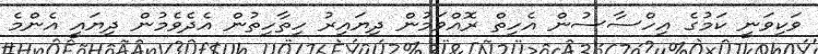
ވަކިވަނީ ކަމުގެ އިހްސާސުން އެހިތް ރޮއްވަމުން ދިޔައިރު ހިތާހިތުން އެދެވެމުން ދިޔައީ އެންމެ